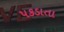
પકડાતા